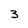
Character: 3